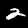
Label: 2